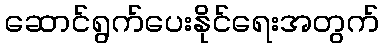
ဆောင်ရွက်ပေးနိုင်ရေးအတွက်